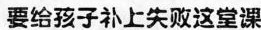
要给孩子补上失败这堂课